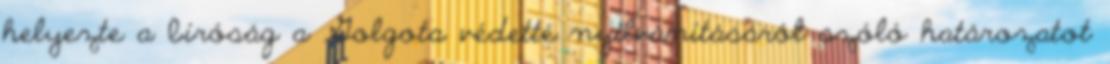
helyezte a bíróság a Golgota védetté nyilvánításáról szóló határozatot